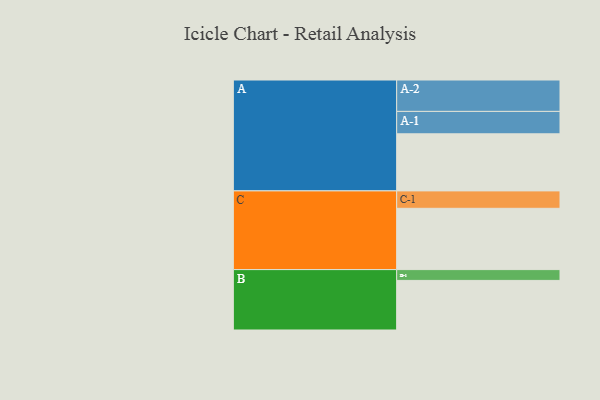
{"axis": {"x": "Segment", "y": "Value"}, "legend": ["", "A", "B", "C"], "data": [{"x": "A", "y": 502, "type": ""}, {"x": "B", "y": 436, "type": ""}, {"x": "C", "y": 539, "type": ""}, {"x": "A-1", "y": 197, "type": "A"}, {"x": "A-2", "y": 276, "type": "A"}, {"x": "B-1", "y": 95, "type": "B"}, {"x": "C-1", "y": 153, "type": "C"}]}